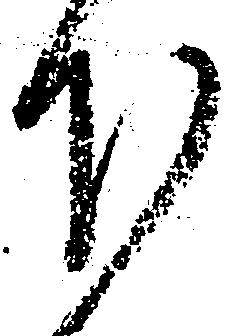
下